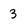
Character: 3